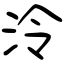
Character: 泠